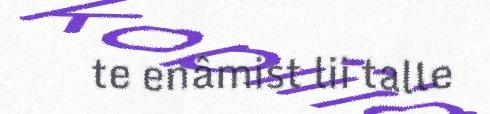
te enâmist lii talle